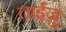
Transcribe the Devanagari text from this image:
ताईज़ु